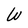
Character: W